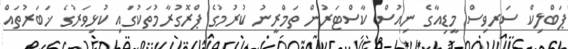
ޕަބްލިކް ސަރވިސް މީޑިއާގެ ނިއުސް ކާސްޓަރުން ތަމްރީނު ކުރުމުގެ ޕްރޮގުރާމުތަކުގައި ކުޅިވަރުގެ ޚަބަރުތައް